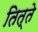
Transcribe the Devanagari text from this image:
तित्ते